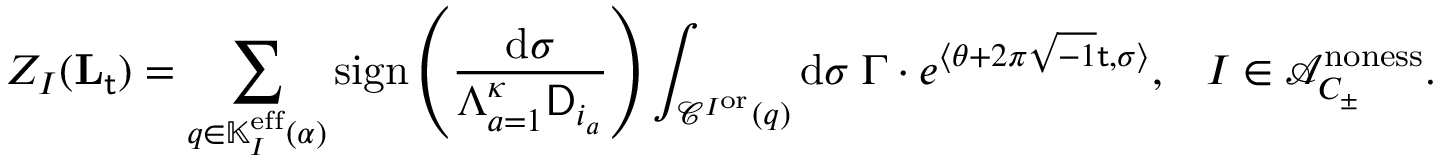
Z _ { I } ( \mathbf { L } _ { \mathsf { t } } ) = \sum _ { q \in \mathbb { K } _ { I } ^ { { \mathrm { e f f } } } ( \alpha ) } \mathrm { s i g n } \left( \frac { \mathrm { d } \sigma } { \Lambda _ { a = 1 } ^ { { \boldsymbol { \kappa } } } \mathsf { D } _ { i _ { a } } } \right) \int _ { \mathcal { C } ^ { I ^ { \mathrm { o r } } } ( q ) } \mathrm { d } \sigma \; \Gamma \cdot e ^ { \langle \theta + 2 \pi \sqrt { - 1 } \mathsf { t } , \sigma \rangle } , \; \; \; I \in \mathcal { A } _ { C _ { \pm } } ^ { { \mathrm { n o n e s s } } } .